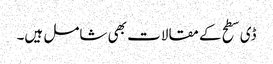
ڈی سطح کے مقالات بھی شامل ہیں۔